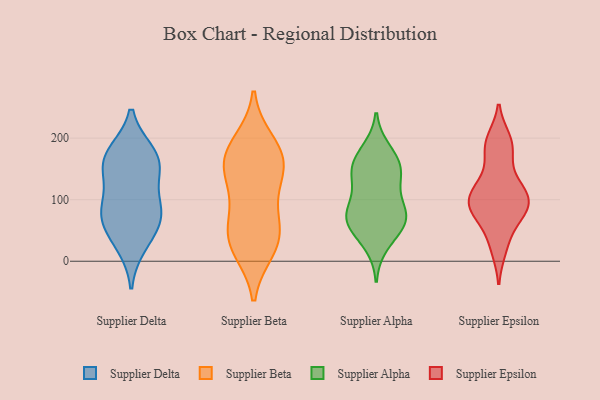
{"axis": {"x": "Website Visitors", "y": "Value"}, "legend": ["Supplier Alpha", "Supplier Beta", "Supplier Delta", "Supplier Epsilon"], "data": [{"x": "", "y": 26, "type": "Supplier Delta"}, {"x": "", "y": 176, "type": "Supplier Delta"}, {"x": "", "y": 141, "type": "Supplier Delta"}, {"x": "", "y": 45, "type": "Supplier Delta"}, {"x": "", "y": 87, "type": "Supplier Delta"}, {"x": "", "y": 77, "type": "Supplier Delta"}, {"x": "", "y": 86, "type": "Supplier Delta"}, {"x": "", "y": 162, "type": "Supplier Delta"}, {"x": "", "y": 151, "type": "Supplier Delta"}, {"x": "", "y": 73, "type": "Supplier Delta"}, {"x": "", "y": 175, "type": "Supplier Delta"}, {"x": "", "y": 149, "type": "Supplier Beta"}, {"x": "", "y": 191, "type": "Supplier Beta"}, {"x": "", "y": 79, "type": "Supplier Beta"}, {"x": "", "y": 169, "type": "Supplier Beta"}, {"x": "", "y": 49, "type": "Supplier Beta"}, {"x": "", "y": 167, "type": "Supplier Beta"}, {"x": "", "y": 21, "type": "Supplier Beta"}, {"x": "", "y": 33, "type": "Supplier Beta"}, {"x": "", "y": 120, "type": "Supplier Beta"}, {"x": "", "y": 35, "type": "Supplier Beta"}, {"x": "", "y": 162, "type": "Supplier Beta"}, {"x": "", "y": 83, "type": "Supplier Alpha"}, {"x": "", "y": 65, "type": "Supplier Alpha"}, {"x": "", "y": 180, "type": "Supplier Alpha"}, {"x": "", "y": 27, "type": "Supplier Alpha"}, {"x": "", "y": 54, "type": "Supplier Alpha"}, {"x": "", "y": 137, "type": "Supplier Alpha"}, {"x": "", "y": 150, "type": "Supplier Alpha"}, {"x": "", "y": 68, "type": "Supplier Alpha"}, {"x": "", "y": 67, "type": "Supplier Alpha"}, {"x": "", "y": 168, "type": "Supplier Alpha"}, {"x": "", "y": 74, "type": "Supplier Alpha"}, {"x": "", "y": 100, "type": "Supplier Alpha"}, {"x": "", "y": 136, "type": "Supplier Alpha"}, {"x": "", "y": 153, "type": "Supplier Alpha"}, {"x": "", "y": 78, "type": "Supplier Epsilon"}, {"x": "", "y": 185, "type": "Supplier Epsilon"}, {"x": "", "y": 82, "type": "Supplier Epsilon"}, {"x": "", "y": 112, "type": "Supplier Epsilon"}, {"x": "", "y": 134, "type": "Supplier Epsilon"}, {"x": "", "y": 93, "type": "Supplier Epsilon"}, {"x": "", "y": 81, "type": "Supplier Epsilon"}, {"x": "", "y": 29, "type": "Supplier Epsilon"}, {"x": "", "y": 102, "type": "Supplier Epsilon"}, {"x": "", "y": 21, "type": "Supplier Epsilon"}, {"x": "", "y": 180, "type": "Supplier Epsilon"}, {"x": "", "y": 105, "type": "Supplier Epsilon"}, {"x": "", "y": 102, "type": "Supplier Epsilon"}, {"x": "", "y": 192, "type": "Supplier Epsilon"}, {"x": "", "y": 196, "type": "Supplier Epsilon"}, {"x": "", "y": 72, "type": "Supplier Epsilon"}, {"x": "", "y": 122, "type": "Supplier Epsilon"}]}